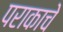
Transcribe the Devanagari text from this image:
पराकाचे